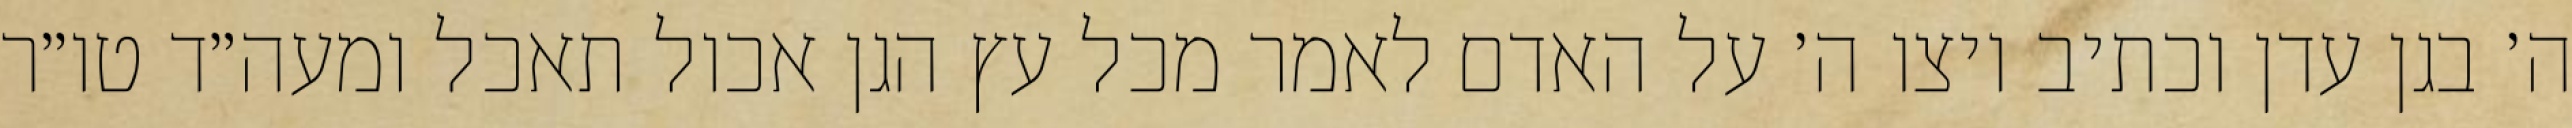
ה׳ בגן עדן וכתיב ויצו ה׳ על האדם לאמר מכל עץ הגן אכול תאכל ומעה״ד טו״ר